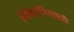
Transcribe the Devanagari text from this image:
विकिपीडियासाठी